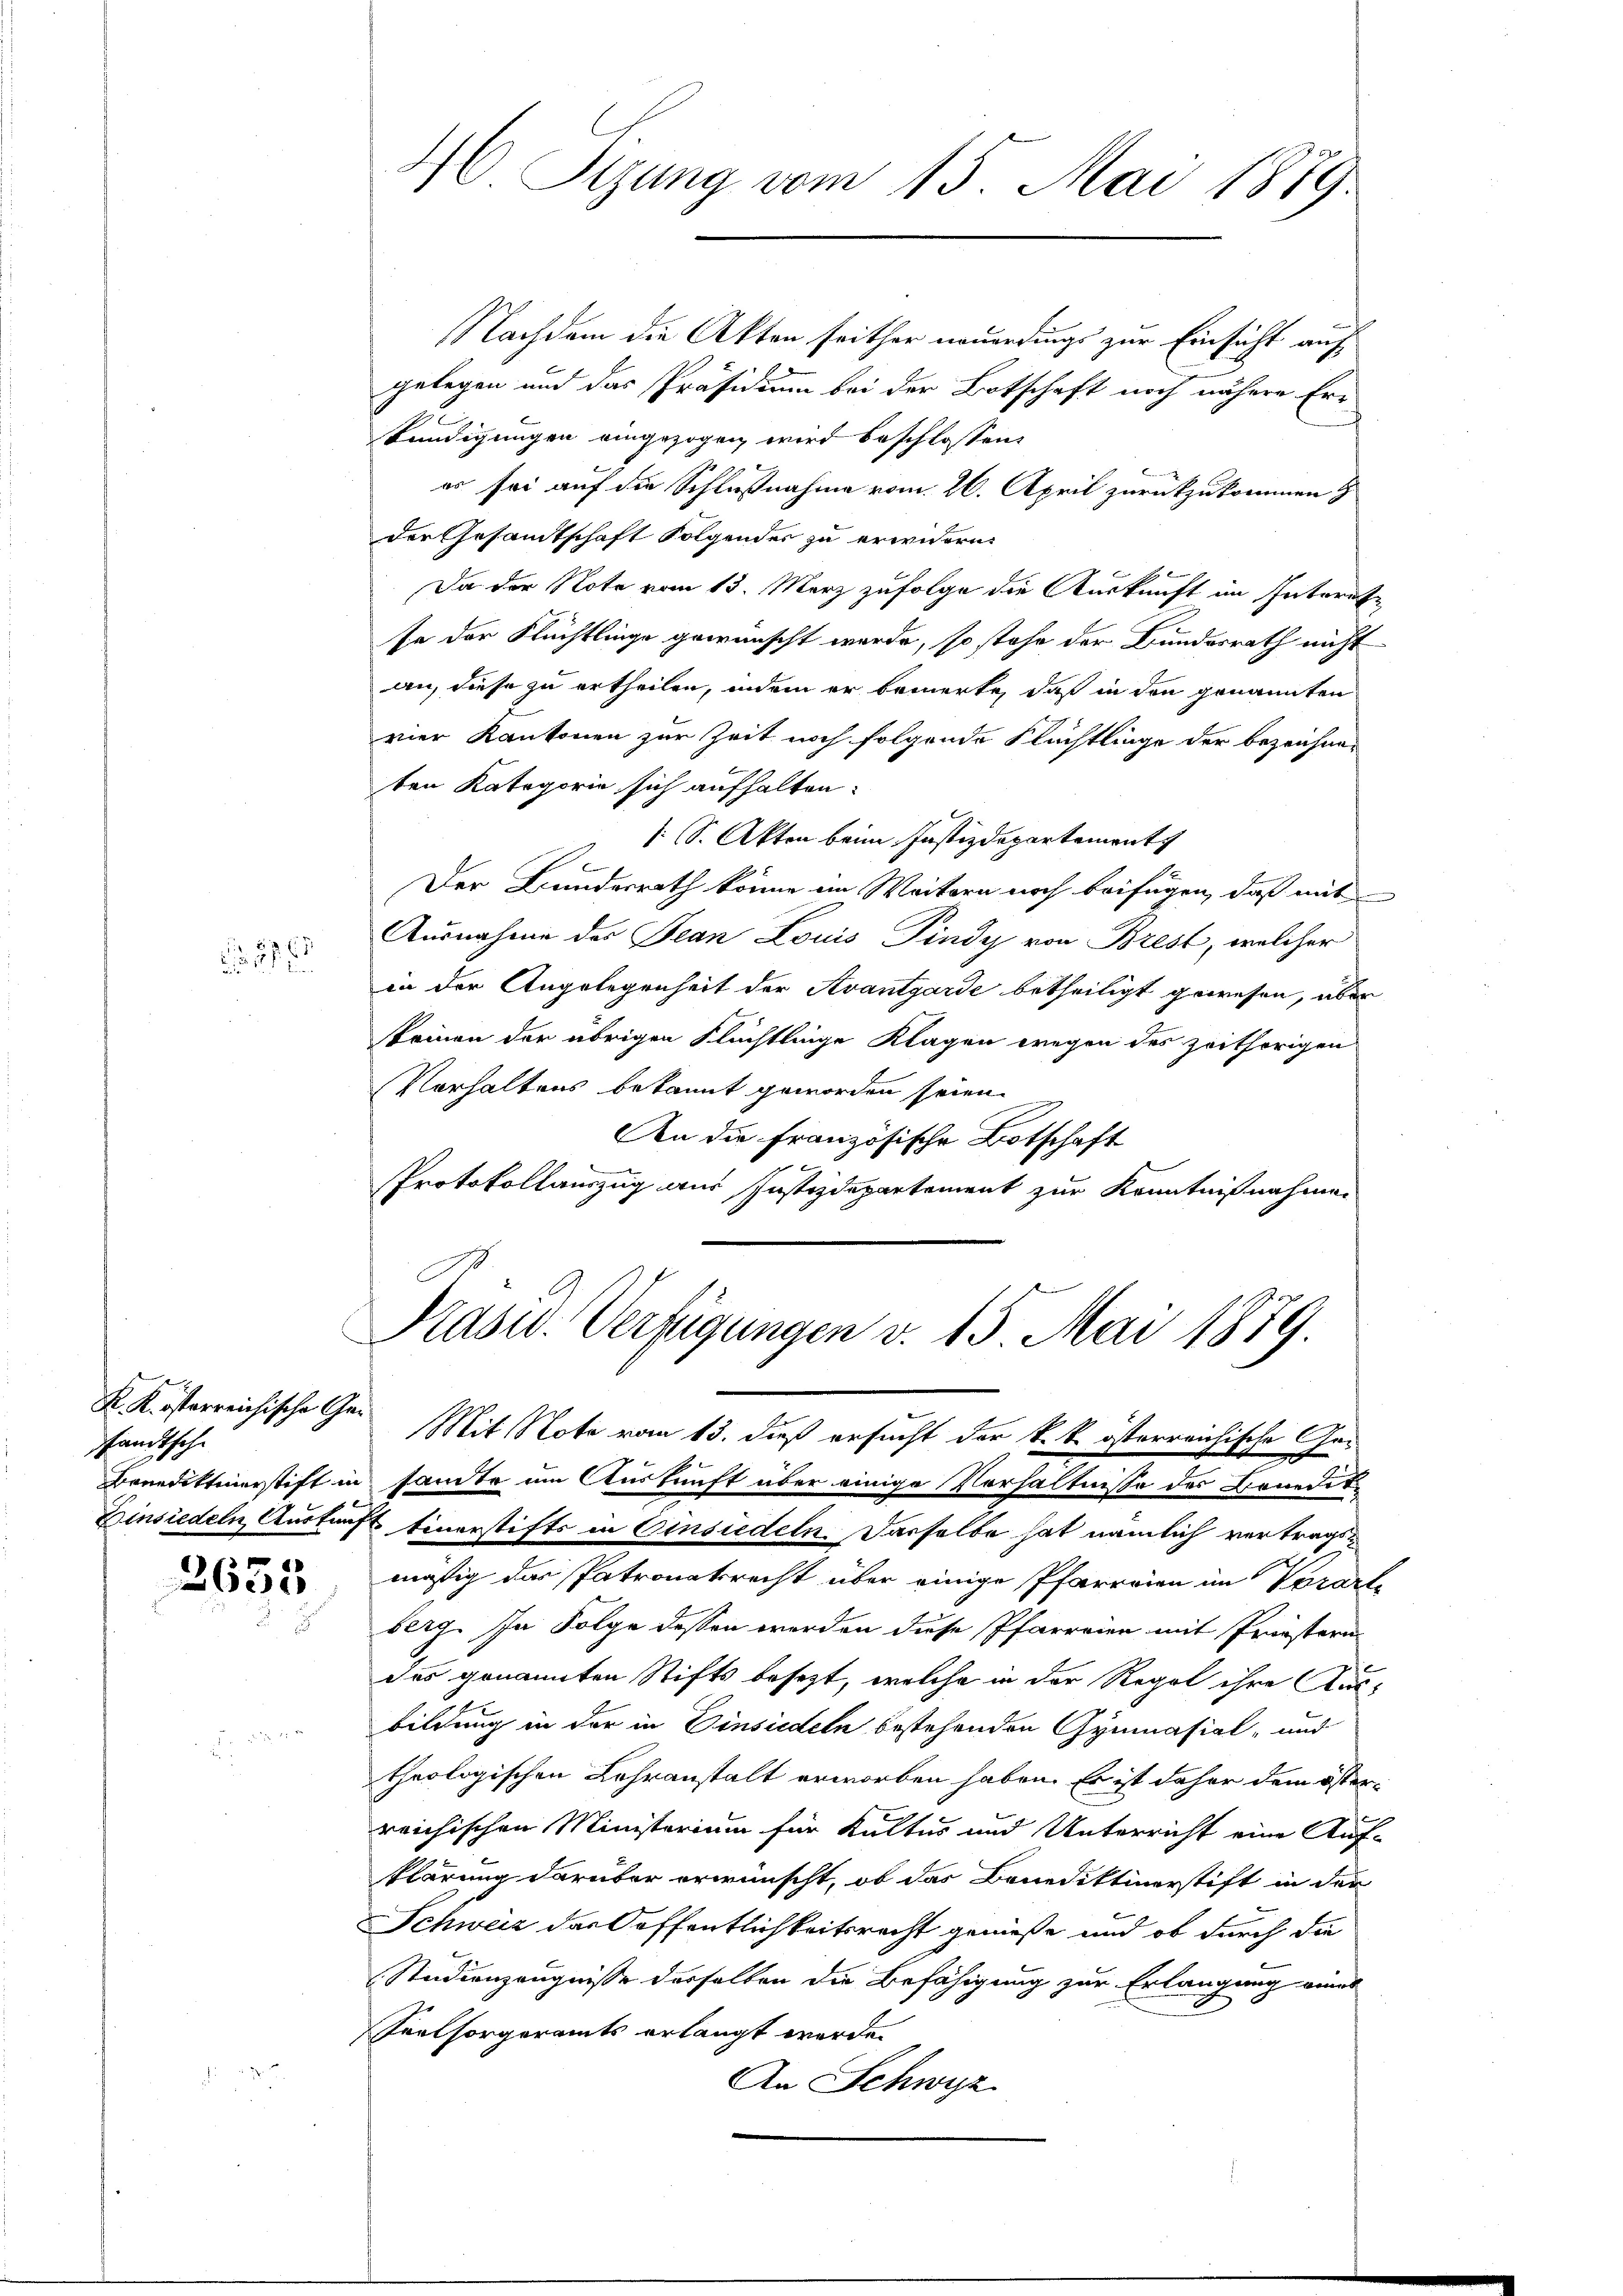
83 f. 7
 15 x

K. K. österreichische Gesandtsche

2635

4 Sizung vom 15. Mai 1889.

Mit Note vom 13. dieß ersucht der k. k. österreichische Ge-

NNachdem die Akten seither neuerdings zur Einsicht auf
gelegen und das Präsidium bei der Botschaft noch nähere Er
kündigungen eingezogen wird beschlossen:
er sei auf die Schlußnahme vom 26. April zurückzukommen z
der Gesandtschaft Folgendes zu erwidern.
Da der Note vom 13. März zufolge die Auskunft im Interete
se der Flüchtlinge gewünscht werde, so stehe der Bundesrath nicht
an, diese zu ertheilen, indem er bemerke, daß in den genannten
vier Kantonen zur Zeit noch folgende Flüchtlinge der bezeichneten Kategorie sich aufhalten.
[S. Akten beim Justizdepartement
Der Bundesrath könne im Weitern noch beifügen, daß mit
Ausnahme des Jean Louis Pindy von Brest, welcher
in der Angelegenheit der Avantgarde betheiligt gewesen, aber
keinen der übrigen Flüchtlinge Klagen wegen des zeitherigen
Vorhaltens bekannt geworden seien.
An die Französische Botschaft
2
Protokollauszug aus Justizdepartement zur Kenntnißnahmen
Präsid. Verfügungen v. 15. Mai 1879.

Breediktinerstift in samte um Auskunft über einige Verhältnisse des Bondit¬
Einsiedeln Auskunft Einerstifts in Einsiedeln. Dasselbe hat nämlich vertragsmäßig das Patronatsrecht über einige Pfarreien im Vororte
berg. In Folge dessen werden diese Pfarreien mit Fristerin
des genannten Stifts besezt, welche in der Regel ihre Ausbildung in der in Einsiedeln bestehenden Gymnasial- und
theologischen Lehranstalt erworben haben. Es ist daher dem öster¬
6
reichischen Ministerium für Kultus und Unterricht eine Auf-
klärung darüber erwünscht, ob das Benediktinerstift in der
Schweiz der öffentlichkeitsrecht genieße und ob durch die
Studienzeugnisse derselben die Befähigung zur Erlangung amt
Seelsorgeramts erlangt werden
An Schwyz